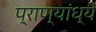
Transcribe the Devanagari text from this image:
प्राण्यांध्ये